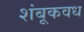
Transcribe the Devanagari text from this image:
शंबूकवध